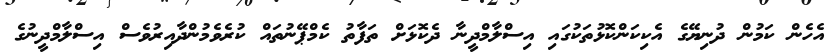
އެހެން ކަމުން ދުނިޔޭގެ އެކިކަންކޮޅުތަކުގައި އިސްލާމްދީނާ ދެކޮޅަށް ތަފާތު ކެމްޕޭނުތައް ކުރެވެމުންދާއިރުވެސް އިސްލާމްދީނުގެ